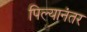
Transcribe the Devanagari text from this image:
पिल्यानंतर